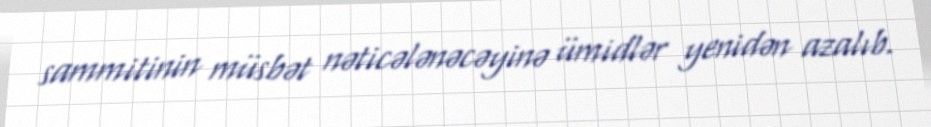
sammitinin müsbət nəticələnəcəyinə ümidlər yenidən azalıb.